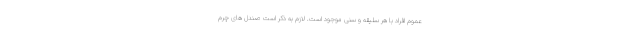
عموم افراد با هر سلیقه و سنی موجود است. لازم به ذکر است صندل های چرم